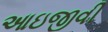
આઇજીવી